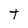
Character: T